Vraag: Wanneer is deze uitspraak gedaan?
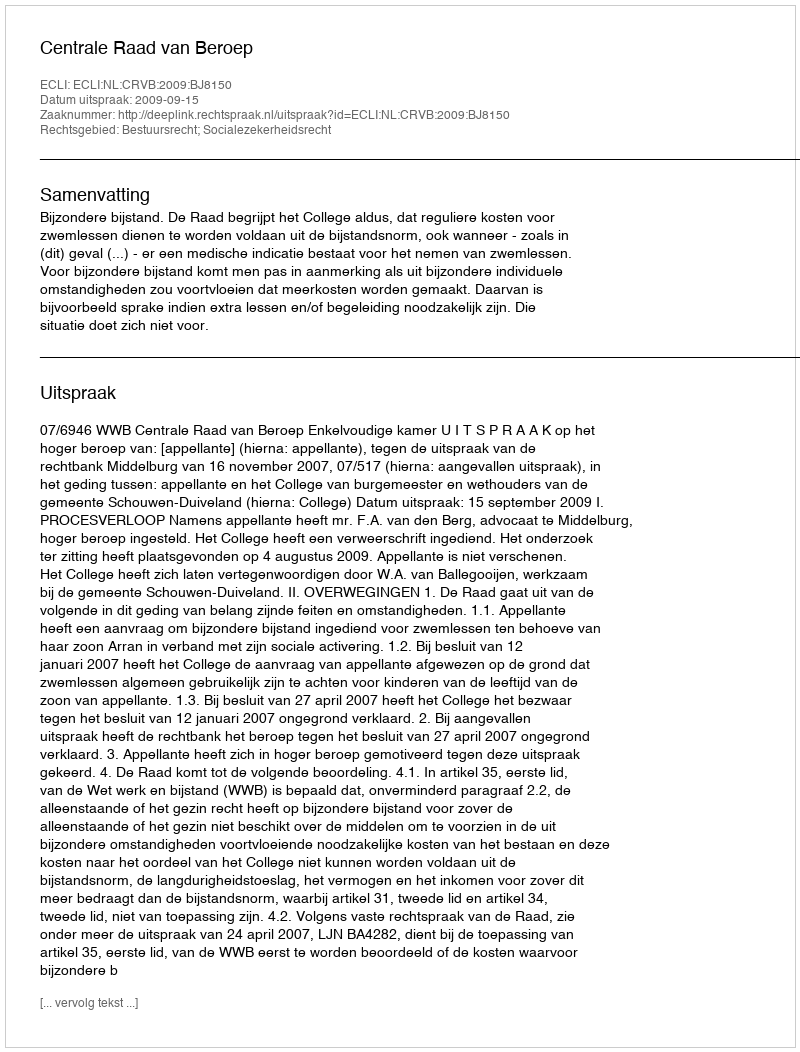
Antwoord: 2009-09-15